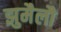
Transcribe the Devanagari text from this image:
झुमैलौ